Civil Veterinary Department Bihar & Orissa reports 1929-36 - 1929-1936
Year: 1929
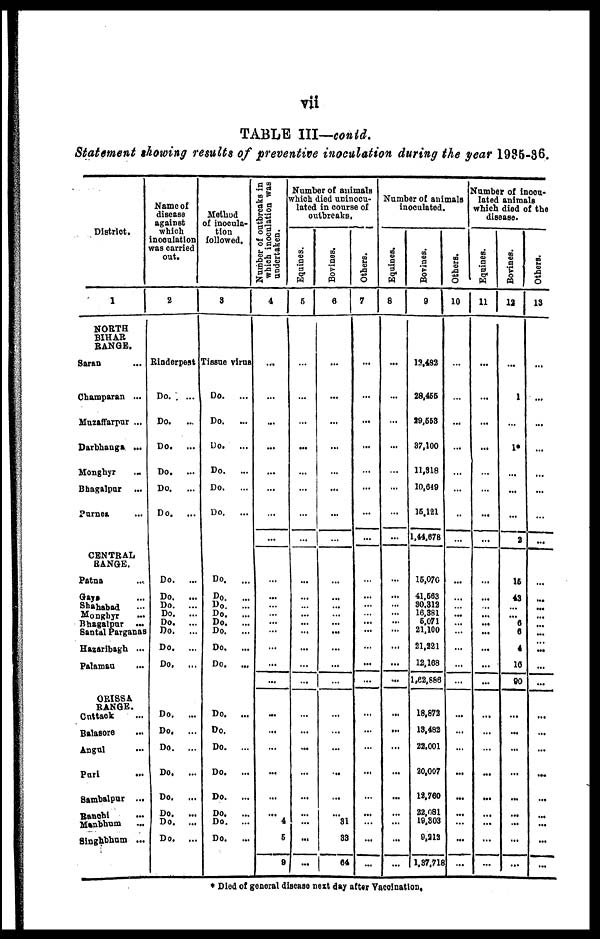
vii
TABLE
III—contd.
Statement
showing
results
of preventive
inoculation
during
the year
1935-36.
District.
1
NORTH
BIHAR
RANGE.
Saran ...
Champaran ...
Muzaffarpur ...
Darbhanga ...
Monghyr ...
Bhagalpur ...
Purnea ...
CENTRAL
RANGE.
Patna ...
Gaya ...
Shahabad ...
Monghyr ...
Bhagalpur
...
Santal Parganas
Hazaribagh ...
Palaman ...
ORISSA
RANGE.
Cuttack ...
Balasore ...
Angul ...
Puri ...
Sambalpur ...
Manbhum ...
Singhbbum ...
Name of
disease
against
which
inoculation
was carried
out.
2
Rinderpest
Do.
...
Do.
...
Do.
...
Do.
...
Do.
...
Do.
...
Do.
...
Do.
...
Do.
...
Do.
...
Do.
...
Do.
...
Do.
...
Do.
...
Do.
...
Do.
...
Do.
...
Do.
...
Do.
...
Do.
...
Do.
Do.
...
Method
of inocula-
tion
followed.
3
Tissue virus
Do.
...
Do.
...
Do.
...
Do.
...
Do. ...
Do. ...
Do.
...
Do.
...
Do.
...
Do.
...
Do.
...
Do.
...
Do.
...
Do.
...
Do.
...
Do. ...
Do.
...
Do.
...
Do.
...
Do.
Do.
...
Do.
...
Number of outbreaks in
which inoculation was
undertaken.
4
...
...
...
...
...
...
...
...
...
...
...
...
...
...
...
...
...
...
...
...
...
...
...
4
6
9
Number of animals
which died uninocu-
lated in course of
outbreaks.
Equines.
6
...
...
...
...
...
...
...
...
...
...
...
...
...
...
...
...
...
...
...
...
...
...
...
...
...
...
Bovines.
6
...
...
...
...
...
...
...
...
...
...
...
...
...
...
...
...
...
...
...
...
...
...
...
31
33
64
Others.
7
...
...
...
...
...
...
...
...
...
...
...
...
...
...
...
...
...
...
...
...
...
...
...
...
...
...
Number of animals
inoculated.
Equines.
8
...
...
...
...
...
...
...
...
...
...
...
...
...
...
...
...
...
...
...
...
...
...
...
...
...
...
Bovines.
9
12,432
28,455
29,553
37,100
11,318
10,649
15,121
1,44,678
15,070
41,563
30,312
16,381
6,071
21,100
21,221
12,168
1,62,886
18,872
13,482
22,001
20,007
12,760
22,081
19,303
0,212
1,37,718
Others.
10
...
...
...
...
...
...
...
...
...
...
...
...
...
...
...
...
...
...
...
...
...
...
...
...
...
...
Number of inocu-
lated animals
which died of the
disease.
Equines.
11
...
...
...
...
...
...
...
...
...
...
...
...
...
...
...
...
...
...
...
...
...
...
...
...
...
Bovines.
12
...
1
...
1*
...
...
...
2
15
43
...
...
6
6
4
10
90
...
...
...
...
...
...
...
...
...
Others.
13
...
...
...
...
...
...
...
...
...
...
...
...
...
...
...
...
...
...
...
...
...
...
...
...
* Died of general disease next day after Vacoination.